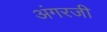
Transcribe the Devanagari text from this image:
अंगरजी